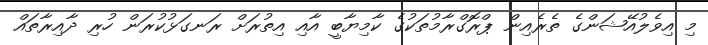
މި އިވެލުއޭޝަންގެ ތެރެއިން ޕްރޮގްރާމުތަކުގެ ކާމިޔާބީ އާއި އިތުރަށް ރަނގަޅުކުރަން ހުރި ދާއިރާތައް